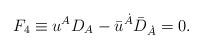
LaTeX: \begin{align*} F_4\equiv {u}^{A} D_{A} - {\bar{u}}^{\dot{A}} {\bar{D}}_{\dot{A}}= 0.\end{align*}